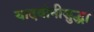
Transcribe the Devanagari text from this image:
यादवांनीसुद्धा